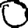
Digit: 0